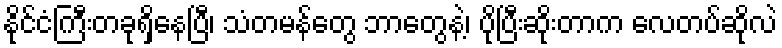
နိုင်ငံကြီးတခုရှိနေပြီ၊ သံတမန်တွေ ဘာတွေနဲ့၊ ပိုပြီးဆိုးတာက လေတပ်ဆိုလဲ